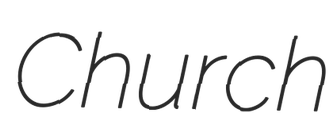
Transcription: Church